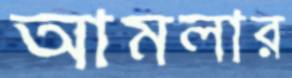
আমলার